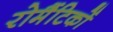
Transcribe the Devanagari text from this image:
रोमैंटिकों